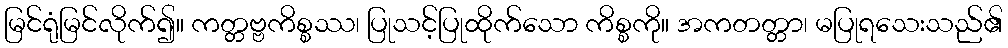
မြင်ရုံမြင်လိုက်၍။ ကတ္တဗ္ဗကိစ္စဿ၊ ပြုသင့်ပြုထိုက်သော ကိစ္စကို။ အကတတ္တာ၊ မပြုရသေးသည်၏